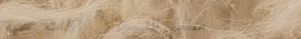
مطعم الليمون   أكلات صحية